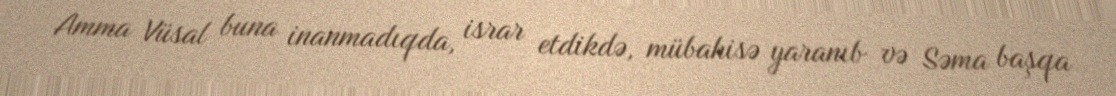
Amma Vüsal buna inanmadıqda, israr etdikdə, mübahisə yaranıb və Səma başqa